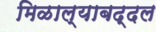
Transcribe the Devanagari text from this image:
मिळाल्याबद्दल